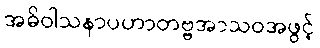
အဓိဝါသနာပဟာတဗ္ဗအာသဝအဖွင့်